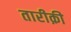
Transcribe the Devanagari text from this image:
तारीक़ी